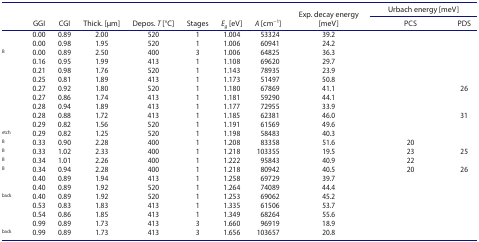
<table><thead><tr><td rowspan="2"><b> </b></td><td rowspan="2"><b>GGI</b></td><td rowspan="2"><b>CGI</b></td><td rowspan="2"><b>Thick. [μm]</b></td><td rowspan="2"><b>Depos. <i>T</i> [°C]</b></td><td rowspan="2"><b>Stages</b></td><td rowspan="2"><b><i>E</i><sub><i>g</i></sub> [eV]</b></td><td rowspan="2"><b><i>A</i> [cm<sup>−1</sup>]</b></td><td rowspan="2"><b>Exp. decay energy [meV]</b></td><td colspan="2"><b>Urbach energy [meV]</b></td></tr><tr><td><b>PCS</b></td><td><b>PDS</b></td></tr></thead><tbody><tr><td> </td><td>0.00</td><td>0.89</td><td>2.00</td><td>520</td><td>1</td><td>1.004</td><td>53324</td><td>39.2</td><td> </td><td> </td></tr><tr><td> </td><td>0.00</td><td>0.98</td><td>1.95</td><td>520</td><td>1</td><td>1.006</td><td>60941</td><td>24.2</td><td> </td><td> </td></tr><tr><td><sup>B</sup></td><td>0.00</td><td>0.89</td><td>2.50</td><td>400</td><td>3</td><td>1.006</td><td>64825</td><td>36.3</td><td> </td><td> </td></tr><tr><td> </td><td>0.16</td><td>0.95</td><td>1.99</td><td>413</td><td>1</td><td>1.108</td><td>69620</td><td>29.7</td><td> </td><td> </td></tr><tr><td> </td><td>0.21</td><td>0.98</td><td>1.76</td><td>520</td><td>1</td><td>1.143</td><td>78935</td><td>23.9</td><td> </td><td> </td></tr><tr><td> </td><td>0.25</td><td>0.81</td><td>1.89</td><td>413</td><td>1</td><td>1.173</td><td>51497</td><td>50.8</td><td> </td><td> </td></tr><tr><td> </td><td>0.27</td><td>0.92</td><td>1.80</td><td>520</td><td>1</td><td>1.180</td><td>67869</td><td>41.1</td><td> </td><td>26</td></tr><tr><td> </td><td>0.27</td><td>0.86</td><td>1.74</td><td>413</td><td>1</td><td>1.181</td><td>59290</td><td>44.1</td><td> </td><td> </td></tr><tr><td> </td><td>0.28</td><td>0.94</td><td>1.89</td><td>413</td><td>1</td><td>1.177</td><td>72955</td><td>33.9</td><td> </td><td> </td></tr><tr><td> </td><td>0.28</td><td>0.88</td><td>1.72</td><td>413</td><td>1</td><td>1.185</td><td>62381</td><td>46.0</td><td> </td><td>31</td></tr><tr><td> </td><td>0.29</td><td>0.82</td><td>1.56</td><td>520</td><td>1</td><td>1.191</td><td>61569</td><td>49.6</td><td> </td><td> </td></tr><tr><td><sup>etch</sup></td><td>0.29</td><td>0.82</td><td>1.25</td><td>520</td><td>1</td><td>1.198</td><td>58483</td><td>40.3</td><td> </td><td> </td></tr><tr><td><sup>B</sup></td><td>0.33</td><td>0.90</td><td>2.28</td><td>400</td><td>1</td><td>1.208</td><td>83358</td><td>51.6</td><td>20</td><td> </td></tr><tr><td><sup>B</sup></td><td>0.33</td><td>1.02</td><td>2.33</td><td>400</td><td>1</td><td>1.218</td><td>103355</td><td>19.5</td><td>23</td><td>25</td></tr><tr><td><sup>B</sup></td><td>0.34</td><td>1.01</td><td>2.26</td><td>400</td><td>1</td><td>1.222</td><td>95843</td><td>40.9</td><td>22</td><td> </td></tr><tr><td><sup>B</sup></td><td>0.34</td><td>0.94</td><td>2.28</td><td>400</td><td>1</td><td>1.218</td><td>80942</td><td>40.5</td><td>20</td><td>26</td></tr><tr><td> </td><td>0.40</td><td>0.89</td><td>1.94</td><td>413</td><td>1</td><td>1.258</td><td>69729</td><td>39.7</td><td> </td><td> </td></tr><tr><td> </td><td>0.40</td><td>0.89</td><td>1.92</td><td>520</td><td>1</td><td>1.264</td><td>74089</td><td>44.4</td><td> </td><td> </td></tr><tr><td><sup>back</sup></td><td>0.40</td><td>0.89</td><td>1.92</td><td>520</td><td>1</td><td>1.253</td><td>69062</td><td>45.2</td><td> </td><td> </td></tr><tr><td> </td><td>0.53</td><td>0.83</td><td>1.83</td><td>413</td><td>1</td><td>1.335</td><td>61506</td><td>53.7</td><td> </td><td> </td></tr><tr><td> </td><td>0.54</td><td>0.86</td><td>1.85</td><td>413</td><td>1</td><td>1.349</td><td>68264</td><td>55.6</td><td> </td><td> </td></tr><tr><td> </td><td>0.99</td><td>0.89</td><td>1.73</td><td>413</td><td>3</td><td>1.660</td><td>96919</td><td>18.9</td><td> </td><td> </td></tr><tr><td><sup>back</sup></td><td>0.99</td><td>0.89</td><td>1.73</td><td>413</td><td>3</td><td>1.656</td><td>103657</td><td>20.8</td><td> </td><td> </td></tr></tbody></table>